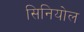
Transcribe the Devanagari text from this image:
सिनियोल